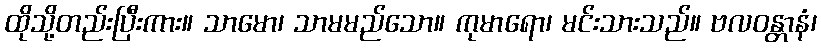
ထိုသို့တည်းပြီးကား။ သာမော၊ သာမမည်သော။ ကုမာရော၊ မင်းသားသည်။ ဗလဝန္တာနံ၊